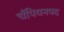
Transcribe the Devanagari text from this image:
चँपियनपद